Indian journal of veterinary science and animal husbandry - Volume 8,
Year: 1938
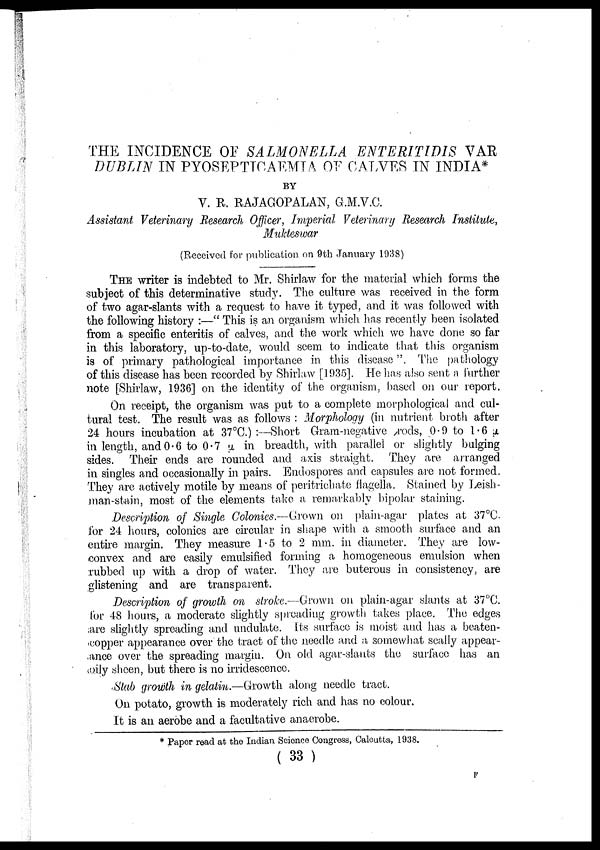
THE INCIDENCE OF SALMONELLA ENTERITIDIS VAR
DUBLIN IN PYOSEPTICAEMIA OF CALVES IN INDIA*
BY
V. R. RAJAGOPALAN, G.M.V.C.
Assistant Veterinary Research Officer, Imperial Veterinary Research Institute,
Mukteswar
(Received for publication on 9th January 1938)
THE writer is indebted to Mr. Shirlaw for the material which forms the
subject of this determinative study. The culture was received in the form
of two agar-slants with a request to have it typed, and it was followed with
the following history :—" This is an organism which has recently been isolated
from a specific enteritis of calves, and the work which we have done so far
in this laboratory, up-to-date, would seem to indicate that this organism
is of primary pathological importance in this disease" The pathology
of this disease has been recorded by Shirlaw [1935]. He has also sent a further
note [Shirlaw, 1936] on the identity of the organism, based on our report.
On receipt, the organism was put to a complete morphological and cul-
tural test. The result was as follows : Morphology (in nutrient broth after
24 hours incubation at 37°C.) :—Short Gram-negative rods, 0.9 to 1.6 µ.
in length, and 0.6 to 0.7 µ, in breadth, with parallel or slightly bulging
sides. Their ends are rounded and axis straight. They are arranged
in singles and occasionally in pairs. Endospores and capsules are not formed.
They are actively motile by means of peritrichate flagella. Stained by Leish¬
man-stain, most of the elements take a remarkably bipolar staining.
Description of Single Colonies.—Grown on plain-agar plates at 37°C.
for 24 hours, colonies are circular in shape with a smooth surface and an
entire margin. They measure 1.5 to 2 mm. in diameter. They are low-
convex and are easily emulsified forming a homogeneous emulsion when
rubbed up with a drop of water. They are buterous in consistency, are
glistening and are transparent.
Description of growth on stroke.—Grown on plain-agar slants at 37°C.
for 48 hours, a moderate slightly spreading growth takes place. The edges
are slightly spreading and undulate. Its surface is moist and has a beaten-
copper appearance over the tract of the needle and a somewhat scally appear-
ance over the spreading margin. On old agar-slants the surface has an
oily sheen, but there is no irridescence.
Slab growth in gelatin.—Growth along needle tract.
On potato, growth is moderately rich and has no colour.
It is an aerobe and a facultative anaerobe.
* Paper read at the Indian Science Congress, Calcutta, 1938.
( 33 )
F